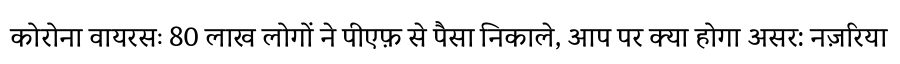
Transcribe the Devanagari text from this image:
कोरोना वायरसः 80 लाख लोगों ने पीएफ़ से पैसा निकाले, आप पर क्या होगा असर: नज़रिया